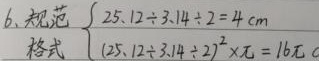
6.规范  \(25.12\div 3.14\div 2 = 4\mathrm{cm}\)
格式 \((25.12\div 3.14\div 2)^{2}\times\pi = 16\pi\)